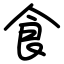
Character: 食